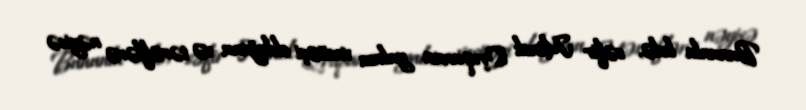
Bununla belə, səfir Minsk Qrupunun yalnız vasitəçi olduğunu və tərəflərə nəyisə